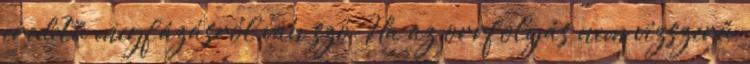
eredetű megfázásról van szó. Ha az orrfolyás nem vízszerű,